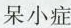
呆小症